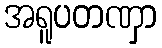
အရူပတဏှာ